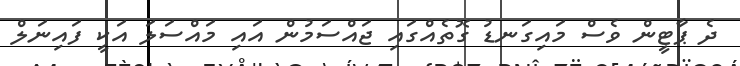
ދެ ޕާޓީން ވެސް މައިގަނޑު ގޮތެއްގައި ޖައްސަމުން އައި މައްސަލަ އަކީ ފައިނަލް